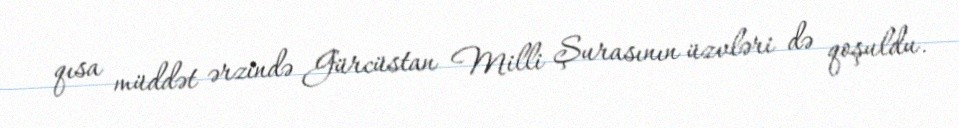
qısa müddət ərzində Gürcüstan Milli Şurasının üzvləri də qoşuldu.